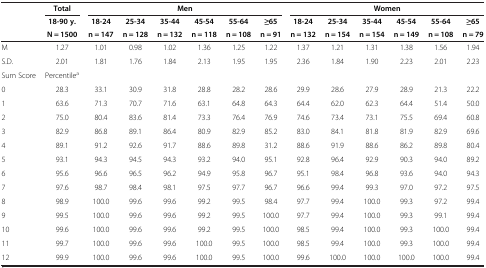
<table><thead><tr><td><b> </b></td><td><b>Total</b></td><td colspan="6"><b>Men</b></td><td colspan="6"><b>Women</b></td></tr><tr><td rowspan="2"><b> </b></td><td><b>18-90 y.</b></td><td><b>18-24</b></td><td><b>25-34</b></td><td><b>35-44</b></td><td><b>45-54</b></td><td><b>55-64</b></td><td><b>≥65</b></td><td><b>18-24</b></td><td><b>25-34</b></td><td><b>35-44</b></td><td><b>45-54</b></td><td><b>55-64</b></td><td><b>≥65</b></td></tr><tr><td><b>N = 1500</b></td><td><b>n = 147</b></td><td><b>n = 128</b></td><td><b>n = 132</b></td><td><b>n = 118</b></td><td><b>n = 108</b></td><td><b>n = 91</b></td><td><b>n = 132</b></td><td><b>n = 154</b></td><td><b>n = 154</b></td><td><b>n = 149</b></td><td><b>n = 108</b></td><td><b>n = 79</b></td></tr></thead><tbody><tr><td>M</td><td>1.27</td><td>1.01</td><td>0.98</td><td>1.02</td><td>1.36</td><td>1.25</td><td>1.22</td><td>1.37</td><td>1.21</td><td>1.31</td><td>1.38</td><td>1.56</td><td>1.94</td></tr><tr><td>S.D.</td><td>2.01</td><td>1.81</td><td>1.76</td><td>1.84</td><td>2.13</td><td>1.95</td><td>1.95</td><td>2.36</td><td>1.84</td><td>1.90</td><td>2.23</td><td>2.01</td><td>2.23</td></tr><tr><td>Sum Score</td><td>Percentile<sup>a</sup></td><td> </td><td> </td><td> </td><td> </td><td> </td><td> </td><td> </td><td> </td><td> </td><td> </td><td> </td><td> </td></tr><tr><td>0</td><td>28.3</td><td>33.1</td><td>30.9</td><td>31.8</td><td>28.8</td><td>28.2</td><td>28.6</td><td>29.9</td><td>28.6</td><td>27.9</td><td>28.9</td><td>21.3</td><td>22.2</td></tr><tr><td>1</td><td>63.6</td><td>71.3</td><td>70.7</td><td>71.6</td><td>63.1</td><td>64.8</td><td>64.3</td><td>64.4</td><td>62.0</td><td>62.3</td><td>64.4</td><td>51.4</td><td>50.0</td></tr><tr><td>2</td><td>75.0</td><td>80.4</td><td>83.6</td><td>81.4</td><td>73.3</td><td>76.4</td><td>76.9</td><td>74.6</td><td>73.4</td><td>73.1</td><td>75.5</td><td>69.4</td><td>60.8</td></tr><tr><td>3</td><td>82.9</td><td>86.8</td><td>89.1</td><td>86.4</td><td>80.9</td><td>82.9</td><td>85.2</td><td>83.0</td><td>84.1</td><td>81.8</td><td>81.9</td><td>82.9</td><td>69.6</td></tr><tr><td>4</td><td>89.1</td><td>91.2</td><td>92.6</td><td>91.7</td><td>88.6</td><td>89.8</td><td>31.2</td><td>88.6</td><td>91.9</td><td>88.6</td><td>86.2</td><td>89.8</td><td>80.4</td></tr><tr><td>5</td><td>93.1</td><td>94.3</td><td>94.5</td><td>94.3</td><td>93.2</td><td>94.0</td><td>95.1</td><td>92.8</td><td>96.4</td><td>92.9</td><td>90.3</td><td>94.0</td><td>89.2</td></tr><tr><td>6</td><td>95.6</td><td>96.6</td><td>96.5</td><td>96.2</td><td>94.9</td><td>95.8</td><td>96.7</td><td>95.1</td><td>98.4</td><td>96.8</td><td>93.6</td><td>94.0</td><td>94.3</td></tr><tr><td>7</td><td>97.6</td><td>98.7</td><td>98.4</td><td>98.1</td><td>97.5</td><td>97.7</td><td>96.7</td><td>96.6</td><td>99.4</td><td>99.3</td><td>97.0</td><td>97.2</td><td>97.5</td></tr><tr><td>8</td><td>98.9</td><td>100.0</td><td>99.6</td><td>99.6</td><td>99.2</td><td>99.5</td><td>98.4</td><td>97.7</td><td>99.4</td><td>100.0</td><td>99.3</td><td>97.2</td><td>99.4</td></tr><tr><td>9</td><td>99.5</td><td>100.0</td><td>99.6</td><td>99.6</td><td>99.2</td><td>99.5</td><td>100.0</td><td>97.7</td><td>99.4</td><td>100.0</td><td>99.3</td><td>99.1</td><td>99.4</td></tr><tr><td>10</td><td>99.6</td><td>100.0</td><td>99.6</td><td>99.6</td><td>99.2</td><td>99.5</td><td>100.0</td><td>98.5</td><td>99.4</td><td>100.0</td><td>99.3</td><td>100.0</td><td>99.4</td></tr><tr><td>11</td><td>99.7</td><td>100.0</td><td>99.6</td><td>99.6</td><td>100.0</td><td>99.5</td><td>100.0</td><td>98.5</td><td>99.4</td><td>100.0</td><td>99.3</td><td>100.0</td><td>99.4</td></tr><tr><td>12</td><td>99.9</td><td>100.0</td><td>99.6</td><td>99.6</td><td>100.0</td><td>99.5</td><td>100.0</td><td>99.6</td><td>100.0</td><td>100.0</td><td>100.0</td><td>100.0</td><td>99.4</td></tr></tbody></table>